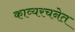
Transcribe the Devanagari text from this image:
काव्यरचनेत